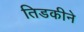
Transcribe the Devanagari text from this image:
तिडकीने